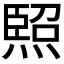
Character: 𭵳